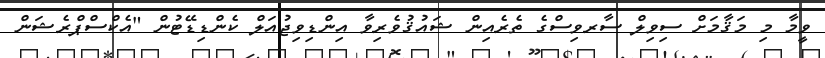
ވީމާ މި މަޤާމަށް ސިވިލް ސާރވިސްގެ ތެރެއިން ޝައުޤުވެރިވާ އިންޑިވިޖުއަލް ކެންޑިޑޭޓުން "އެކްސްޕްރެޝަން